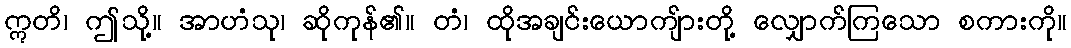
ဣတိ၊ ဤသို့။ အာဟံသု၊ ဆိုကုန်၏။ တံ၊ ထိုအချင်းယောကျ်ားတို့ လျှောက်ကြသော စကားကို။